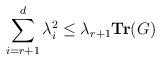
LaTeX: \begin{align*} \sum_{i=r+1}^{d}\lambda_i^2 \leq \lambda_{r+1}\mathbf{Tr}(G) \end{align*}